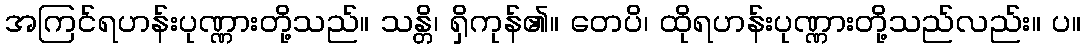
အကြင်ရဟန်းပုဏ္ဏားတို့သည်။ သန္တိ၊ ရှိကုန်၏။ တေပိ၊ ထိုရဟန်းပုဏ္ဏားတို့သည်လည်း။ ပ။